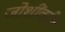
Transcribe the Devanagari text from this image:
जोशींवरील